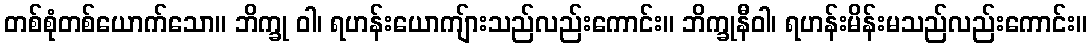
တစ်စုံတစ်ယောက်သော။ ဘိက္ခု ဝါ၊ ရဟန်းယောကျ်ားသည်လည်းကောင်း။ ဘိက္ခုနီဝါ၊ ရဟန်းမိန်းမသည်လည်းကောင်း။